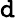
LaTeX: \mathtt{d}